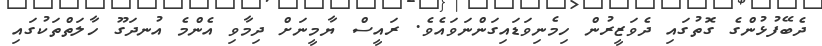
ދެބޭފުޅުންގެ ގޮތުގައި ދެވަޒީރުން ހިމެނިވަޑައިގަންނަވައެވެ. ރައީސް ޔާމީނަށް ދިމާވި އެންމެ އުނދަގޫ ހާލަތްތަކުގައި